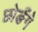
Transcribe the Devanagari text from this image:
छोङँगे